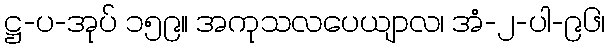
ဋ္ဌ-ပ-အုပ် ၁၅၉။ အကုသလပေယျာလ၊ အံ-၂-ပါ-၉၆၊